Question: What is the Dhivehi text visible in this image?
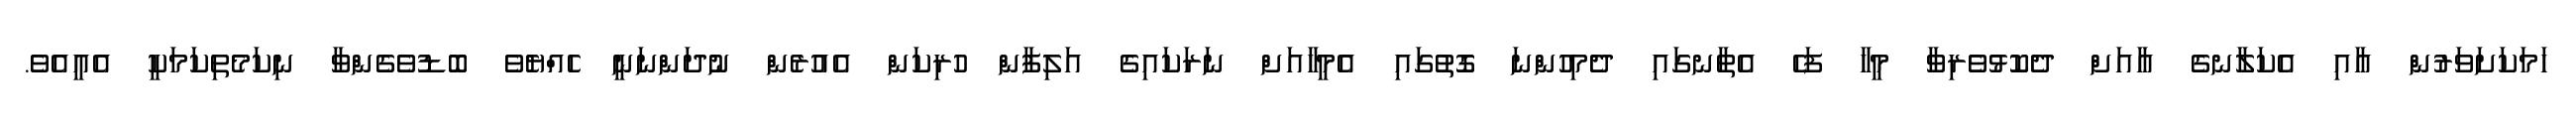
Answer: ހަމަކަށަވަރުން އާއި އެކަލާނގެ އާއަށް ދެކޮޅުވެރިވާ މީހާ ފަހެ އެތާނގައި ދެމިހުންނަ ގޮތުގައި އެމީހާއަށް ނަރަކައިގެ އަލިފާން ހުރިކަން އެއުރެން ނުދަންނަނީ ހެއްޔެވެ ބޮޑުވެގެންވާ ނިކަމެތިކަމަކީ އެއީއެވެ.